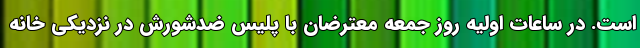
است. در ساعات اولیه روز جمعه معترضان با پلیس ضدشورش در نزدیکی خانه